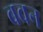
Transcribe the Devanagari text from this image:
बवन